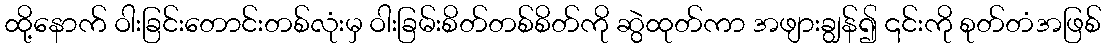
ထို့နောက် ဝါးခြင်းတောင်းတစ်လုံးမှ ဝါးခြမ်းစိတ်တစ်စိတ်ကို ဆွဲထုတ်ကာ အဖျားချွန်၍ ၎င်းကို စုတ်တံအဖြစ်